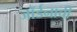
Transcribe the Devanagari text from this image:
जॉर्डनाची